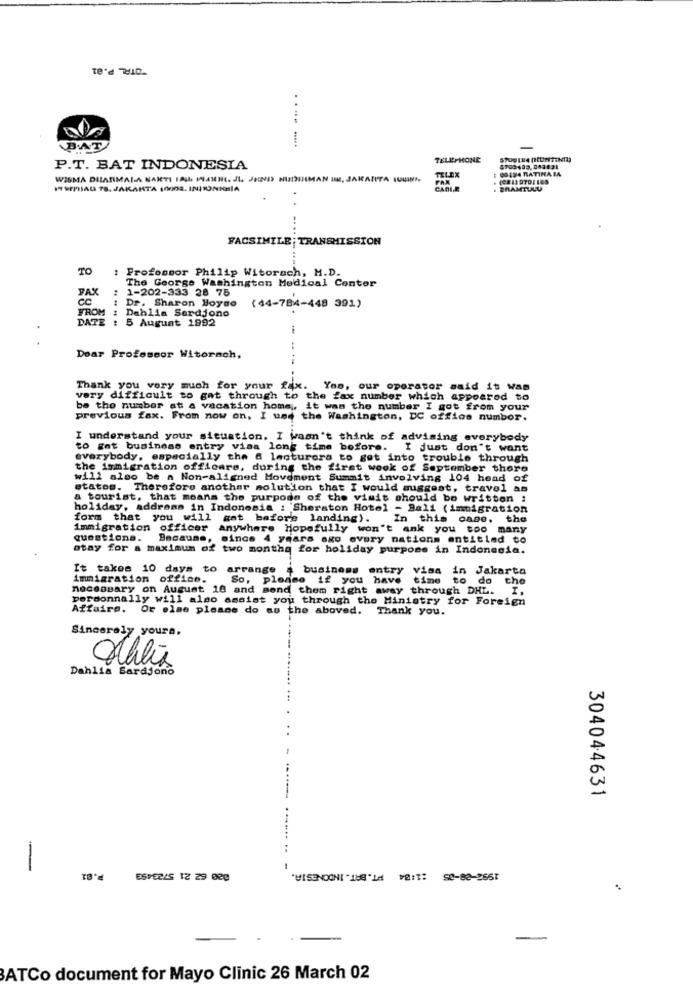
TOTAL P.01
........
BAT
TELEPHONE
P.T. BAT INDONESIA
# 69424 RATINA LA
WIGMA DILATIMALA SAITI IAU MAINE. JI. JEND HIDINMAN IN, JAKANITA SUUINN.
MESEPIJAG 78. JAKARTA 10003. INJIONNHIA
CABLE
. BRAMTULU
FACSIMILE TRANSMISSION
TO
: Professor Philip Witorech, M.D.
FAX
The George Washington Medical Center
1-202-333 28 75
1 Dr. Sharon Boyto
FROM
Dahlia Serdjono
(44-784-448 391)
DATE : 5 August 1992
Doar Professor Witorach,
Thank you very much for your fax.
Yno, our operator said it Was
very difficult to get through to the fax number which appeared to
be the number at a vacation home ,, it was the number I got from your
previous fax. From now on, I usd the Washington, DC office numbor.
I understand your situation. I wasn't think of advising everybody
to Ent business entry visa long time before. I just don't want
everybody, especially the 6 lecturers to get into trouble through
the immigration officers, during the first wook of September there
will also be a Non-aligned Movement Summit involving 104 head of
states. Therefore another solution that I would suggest, travel as
a tourist, that means the purpose of the visit should be written :
holiday, address in Indonesia : "Sheraton Hotel - Ball (immigration
form that you will gat before landing). In this case. the
immigration officer
anywhere Hopefully won't ank you too many
questions.
Because, since 4 years ago every nationm entitled to
otay for a maximum of two montha for holiday purpose in Indonesia.
It takes 10 days to arrange a business entry visa
in Jakarta
immigration office.
So, please if you have
time
to do the
necessary on August 10 and send them right away through DHL.
T.
personnally will also assist you through the Ministry for Foreign
Affaire. Or else please do so the aboved. Thank you.
Sincerely yours,
Dahlia Bardjono
304044631
-
ESPERAS 12 29 029
VISENOGNI "158'Ld VE:T: 52-82-2651
ATCo document for Mayo Clinic 26 March 02